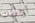
أوافقك